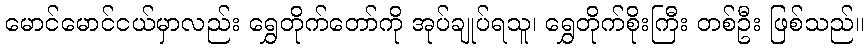
မောင်မောင်ငယ်မှာလည်း ရွှေတိုက်တော်ကို အုပ်ချုပ်ရသူ၊ ရွှေတိုက်စိုးကြီး တစ်ဦး ဖြစ်သည်။